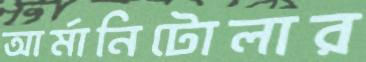
আর্মানিটোলার